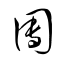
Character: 圑